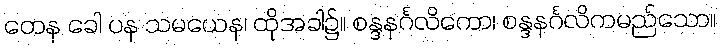
တေန ခေါ ပန သမယေန၊ ထိုအခါ၌။ စန္ဒနင်္ဂလိကော၊ စန္ဒနင်္ဂလိကမည်သော။